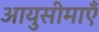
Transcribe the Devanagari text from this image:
आयुसीमाएँ